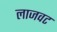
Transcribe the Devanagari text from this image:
लाजवट